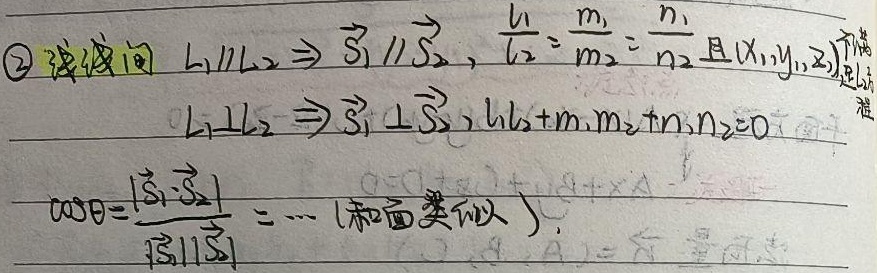
\textcircled{2} 线线间：
\[
L_1\parallel L_2\Rightarrow\overrightarrow{S_1}\parallel\overrightarrow{S_2}，\frac{l_1}{l_2}=\frac{m_1}{m_2}=\frac{n_1}{n_2}
\]
且\((x_1,y_1,z_1)\)满足方程
\[
L_1\perp L_2\Rightarrow\overrightarrow{S_1}\perp\overrightarrow{S_2}，l_1l_2 + m_1m_2 + n_1n_2 = 0
\]
\[
\cos\theta=\frac{|\overrightarrow{S_1}\cdot\overrightarrow{S_2}|}{|\overrightarrow{S_1}||\overrightarrow{S_2}|}=\cdots(和面类似)
\]